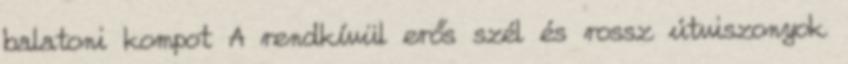
balatoni kompot A rendkívül erős szél és rossz útviszonyok